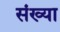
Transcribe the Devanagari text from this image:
संख्या